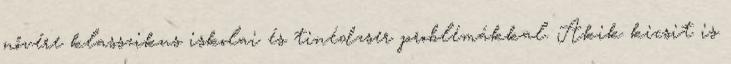
nővére klasszikus iskolai és tinédzser problémákkal. Akik kicsit is